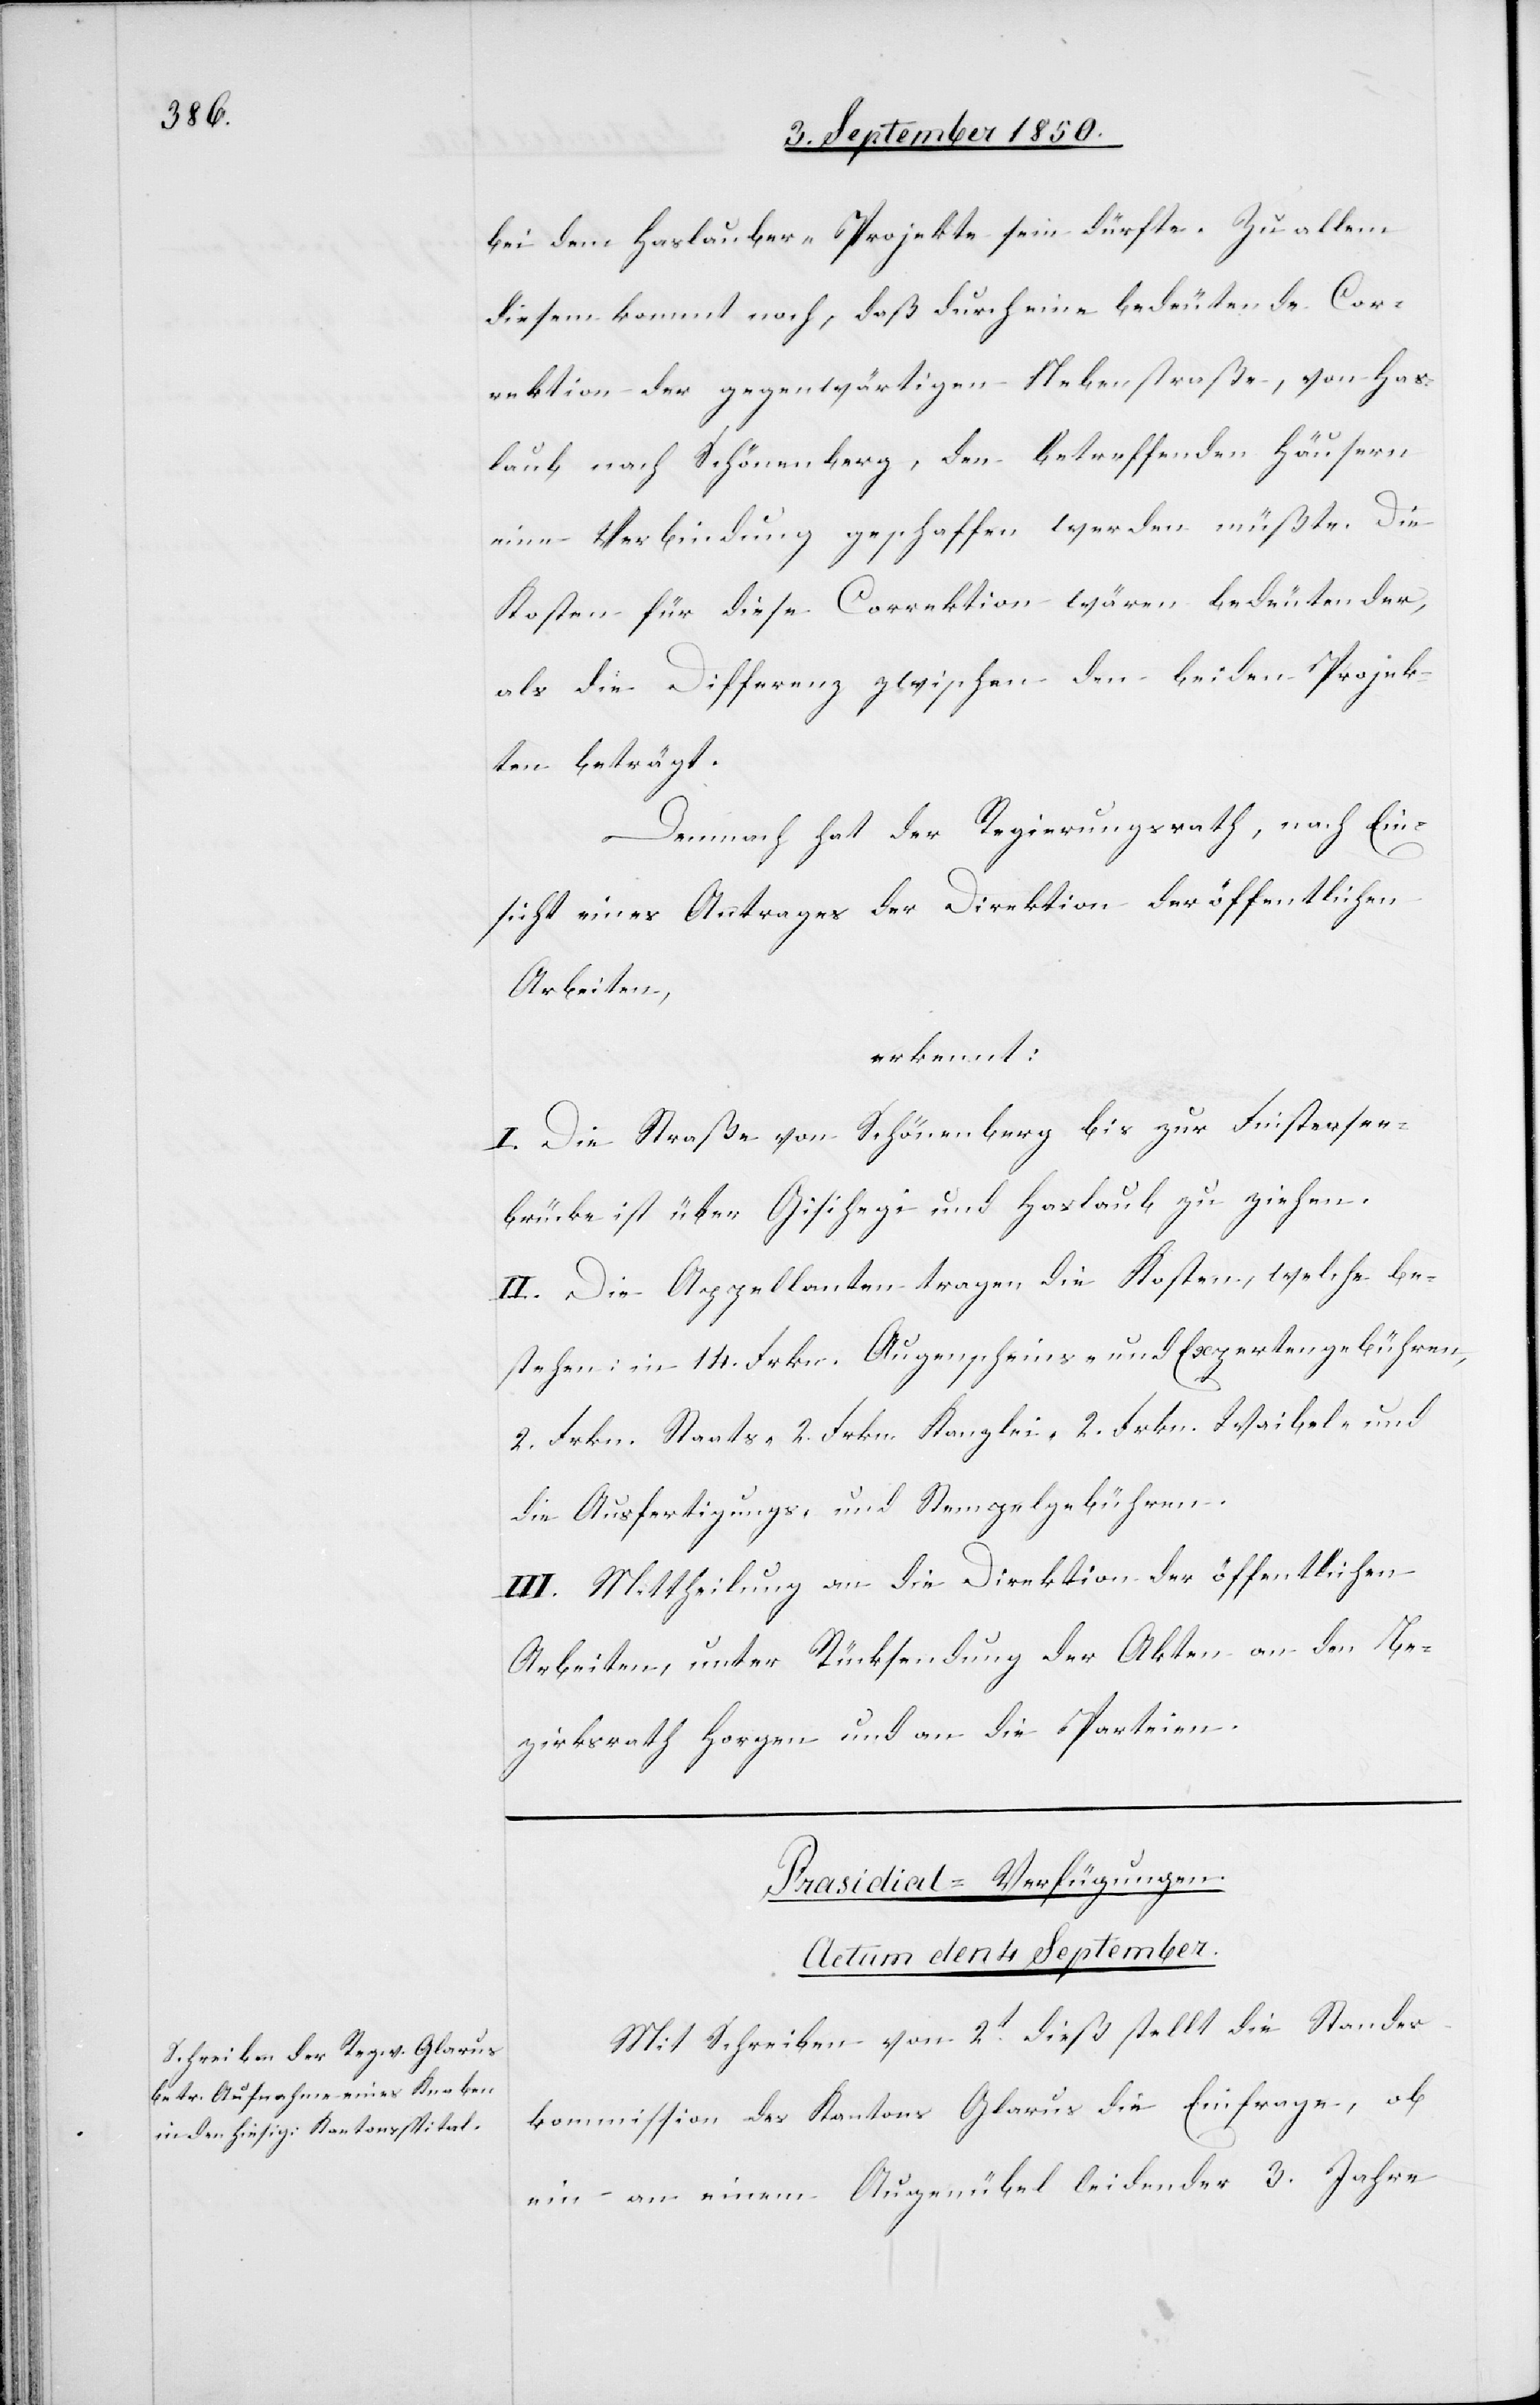
Prasidial-Verfügungen.
Actum den 4 September.
Mit Schreiben von 2t dieß stellt die Standes¬
kommission des Kantons Glarus die Einfrage, ob
ein an einem Augenübel leidender 3. Jahre